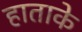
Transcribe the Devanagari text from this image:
हाताके